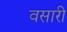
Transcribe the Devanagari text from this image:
वसारी